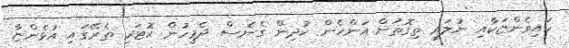
ކައިވެންޏަކާއި ނުލައި ތިގޮތަށް އަންހެން ކުދިން ގެނެސް ދެމީހުން ކޮޓަރި ތެރޭގައި އުޅެންޏާ